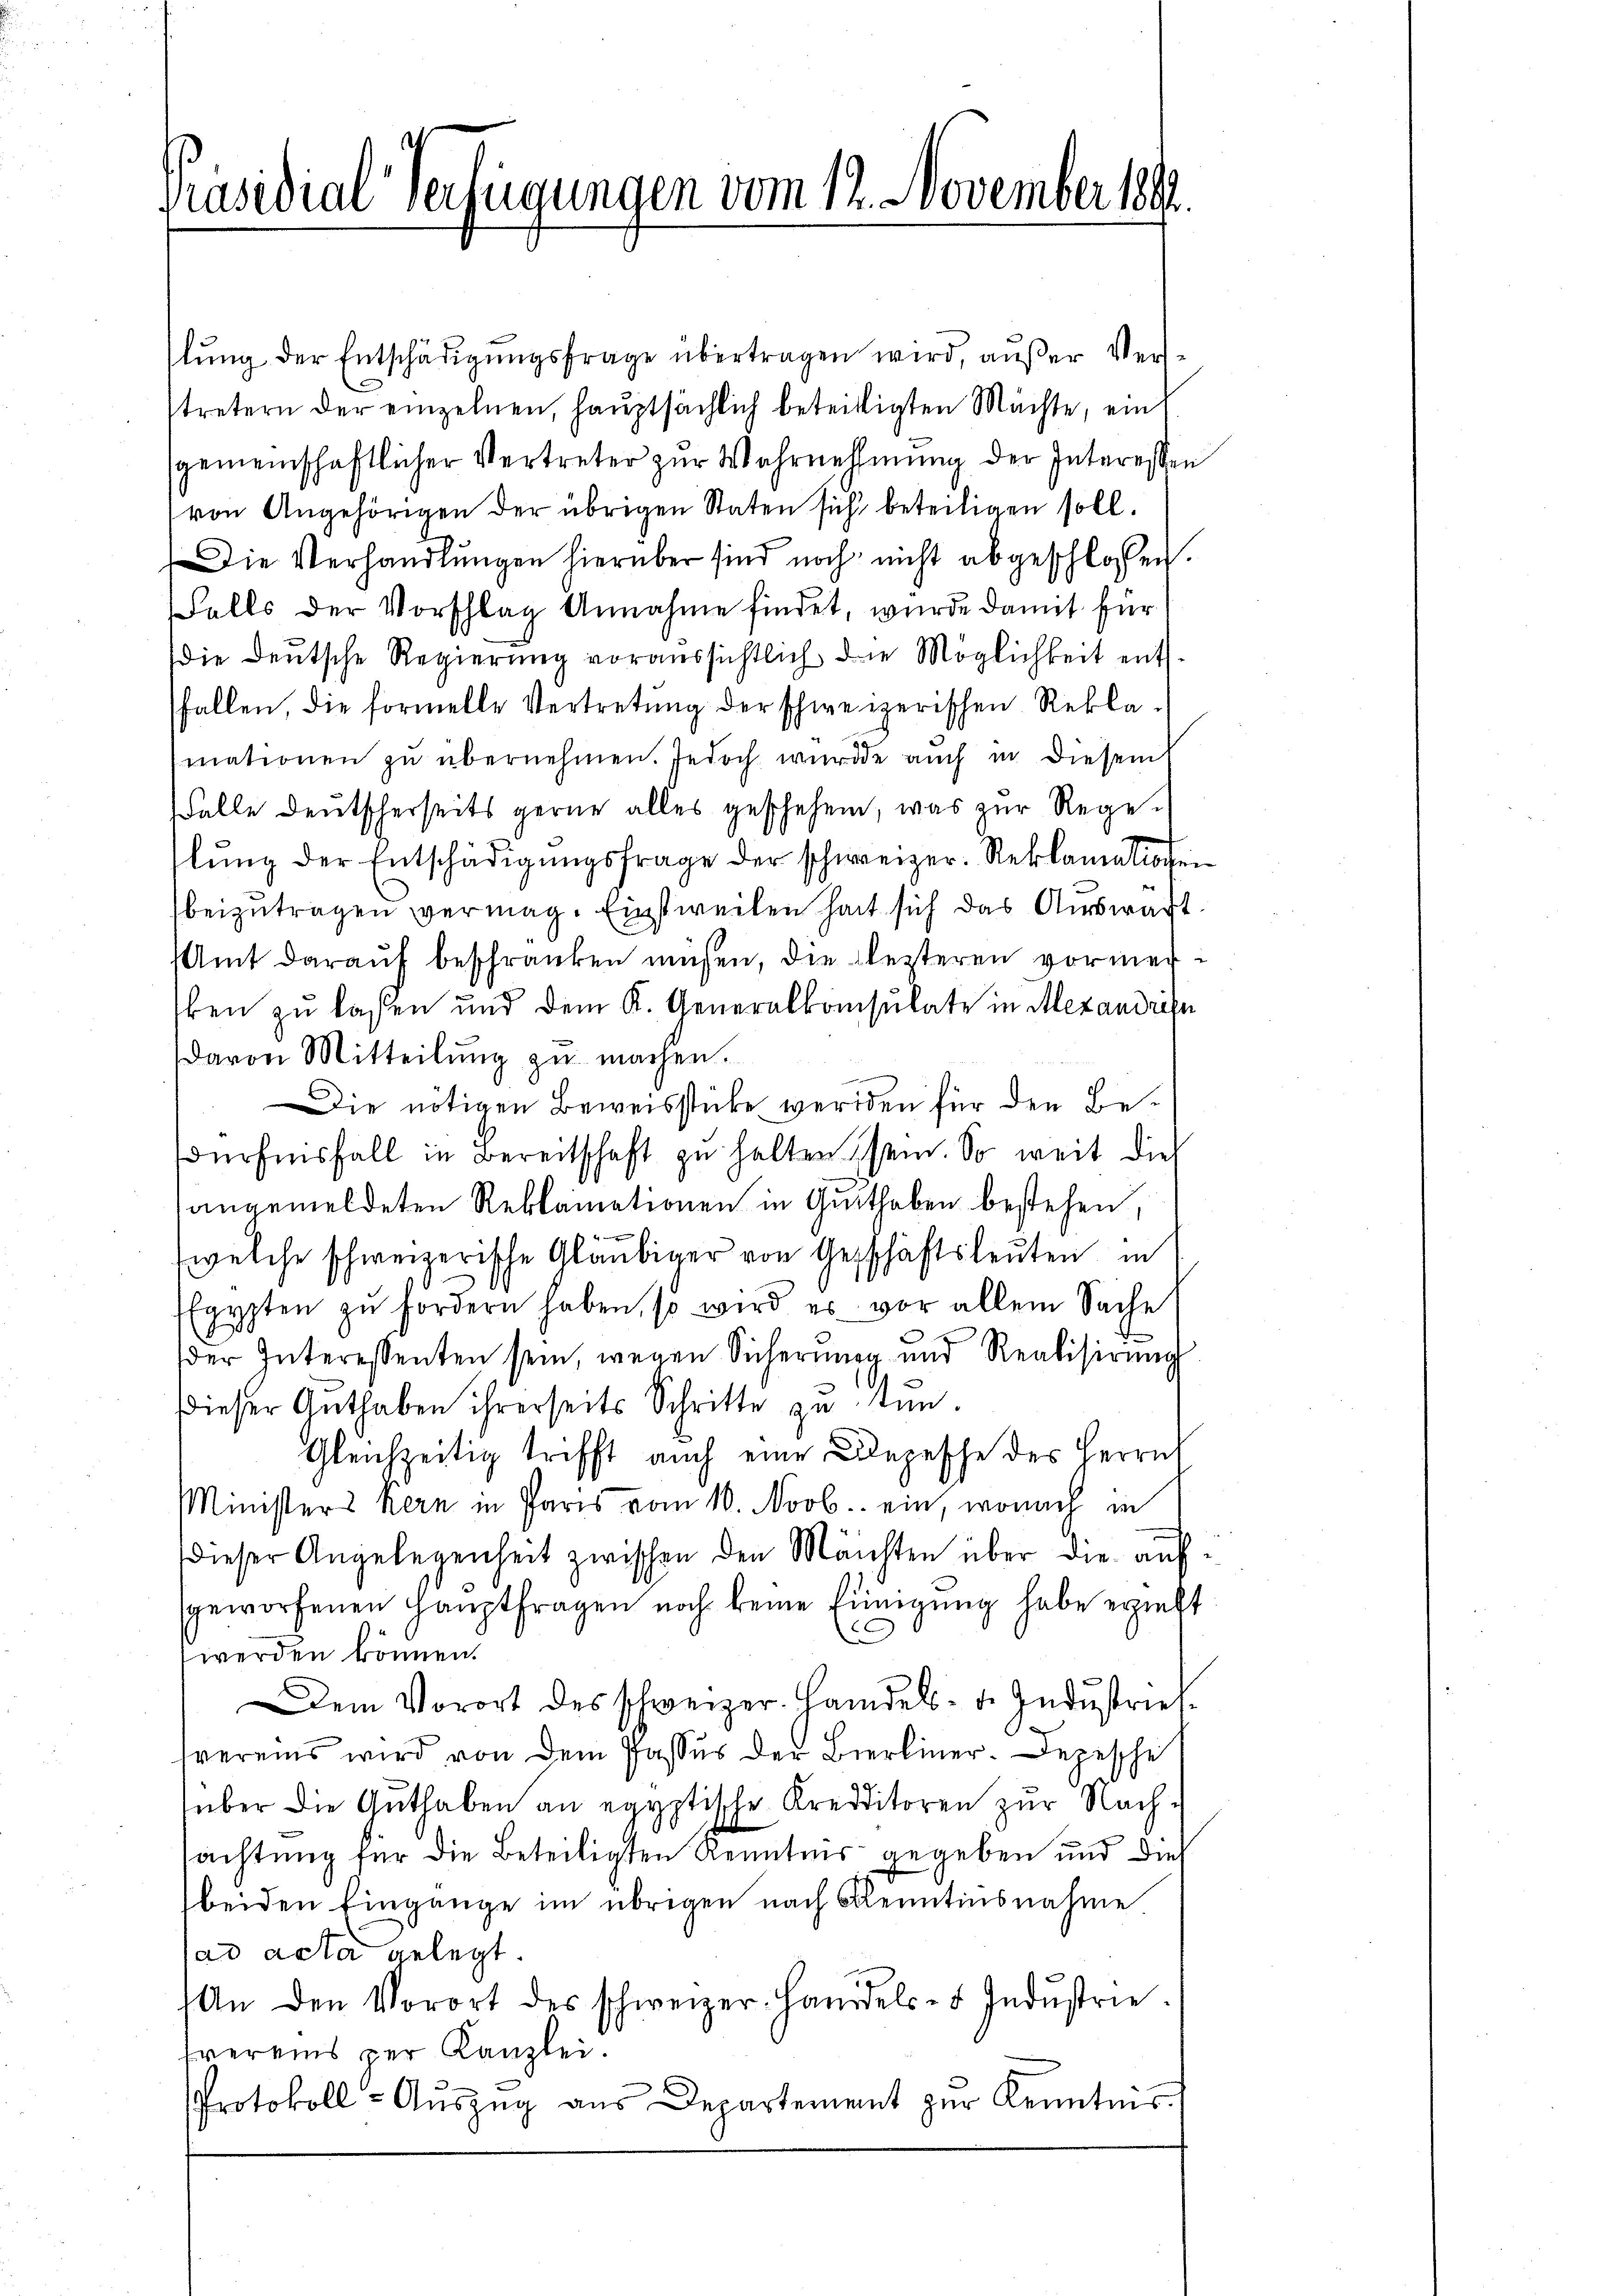
Präsidial Verfügungen vom 12. November 189

lŭng der Entschädigŭngsfrage übertragen wird, aŭβer Ver-
stretern der einzelnen, hauptsächlich beteiligten Mächte, ein
gemeinschaftlicher Vertreter zŭr Wahrnehmung der Interessen
von Angehörigen der übrigen Staten sich beteiligen soll.
Die Verhandlŭngen hierüber sind noch nicht abgeschlossen.
Falls der Vorschlag Annahme findet, wurde damit für
die Deutsche Regierung voraussichtlich die Möglichkeit entfallen, die formelle Vertretung der schweizerischen Reklamationen zu übernehmen. Jedoch wurde auch in diesem
Falle deŭtscherseits gerne alles geschehen, was zŭr Rege-
lŭng der Entschädigŭngsfrage der schweizer. Reklamationen
beizutragen vermag. Einstweilen hat sich das Auswärt
Amt darauf beschränken müssen, die lezteren vormersken zu lassen und dem K. Generalkonsulate in Mexandresn
davon Mitteilŭng zŭ machen.
Die nötigen Beweisstücke werden für den Bedürfensfall in Bereitschaft zu halten sein. So weit die
sangemeldeten Reklamationen in Guthaben bestehen,
(welche schweizerische Gläubiger von Geschäftsleuten in
Egypten zŭ fordern haben, so wird es vor allem Sache
der Interessenten sein, wegen Sicherung und Realisirung
dieser Guthaben ihrerseits Schritte zu tun.
Gleichzeitig trifft auch eine Depesche des Herrn
Ministers Kern in Paris vom 10. Novb. ein, wonach in
Dieser Angelegenheit zwischen den Mächten über die aufsgeworfenen Hauptfragen noch keine Einigŭng habe erzieht
werden können.
Dem Vorort des schweizer. Handels- u. Industrieb
vereins wird von dem Passus der Bierliner. Depesche
über die Guthaben an egyptische Kredditoren zur Nachachtung für die Beteiligten Renntnis gegeben und dies
beiden Eingange im übrigen nach Kenntinsnahme
ad acta gelegt.
An den Vorort des schweizer. Handels- u. Indŭstrie.
hvereins per Kanzlei.
Protokoll- Aŭszŭg aŭs Departement zŭr Kenntnis